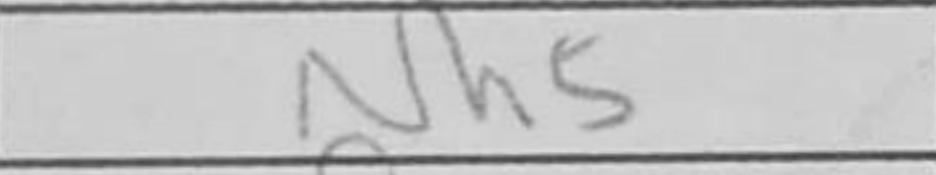
Transcription: Nh5